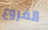
الفروع